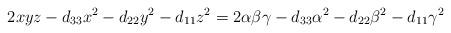
LaTeX: \begin{align*}2xyz-d_{33}x^2-d_{22}y^2-d_{11}z^2=2\alpha\beta\gamma-d_{33}\alpha^2-d_{22}\beta^2-d_{11}\gamma^2\end{align*}